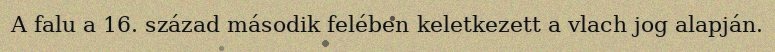
A falu a 16. század második felében keletkezett a vlach jog alapján.